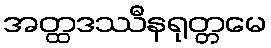
အတ္ထဒဿီနရုတ္တမေ